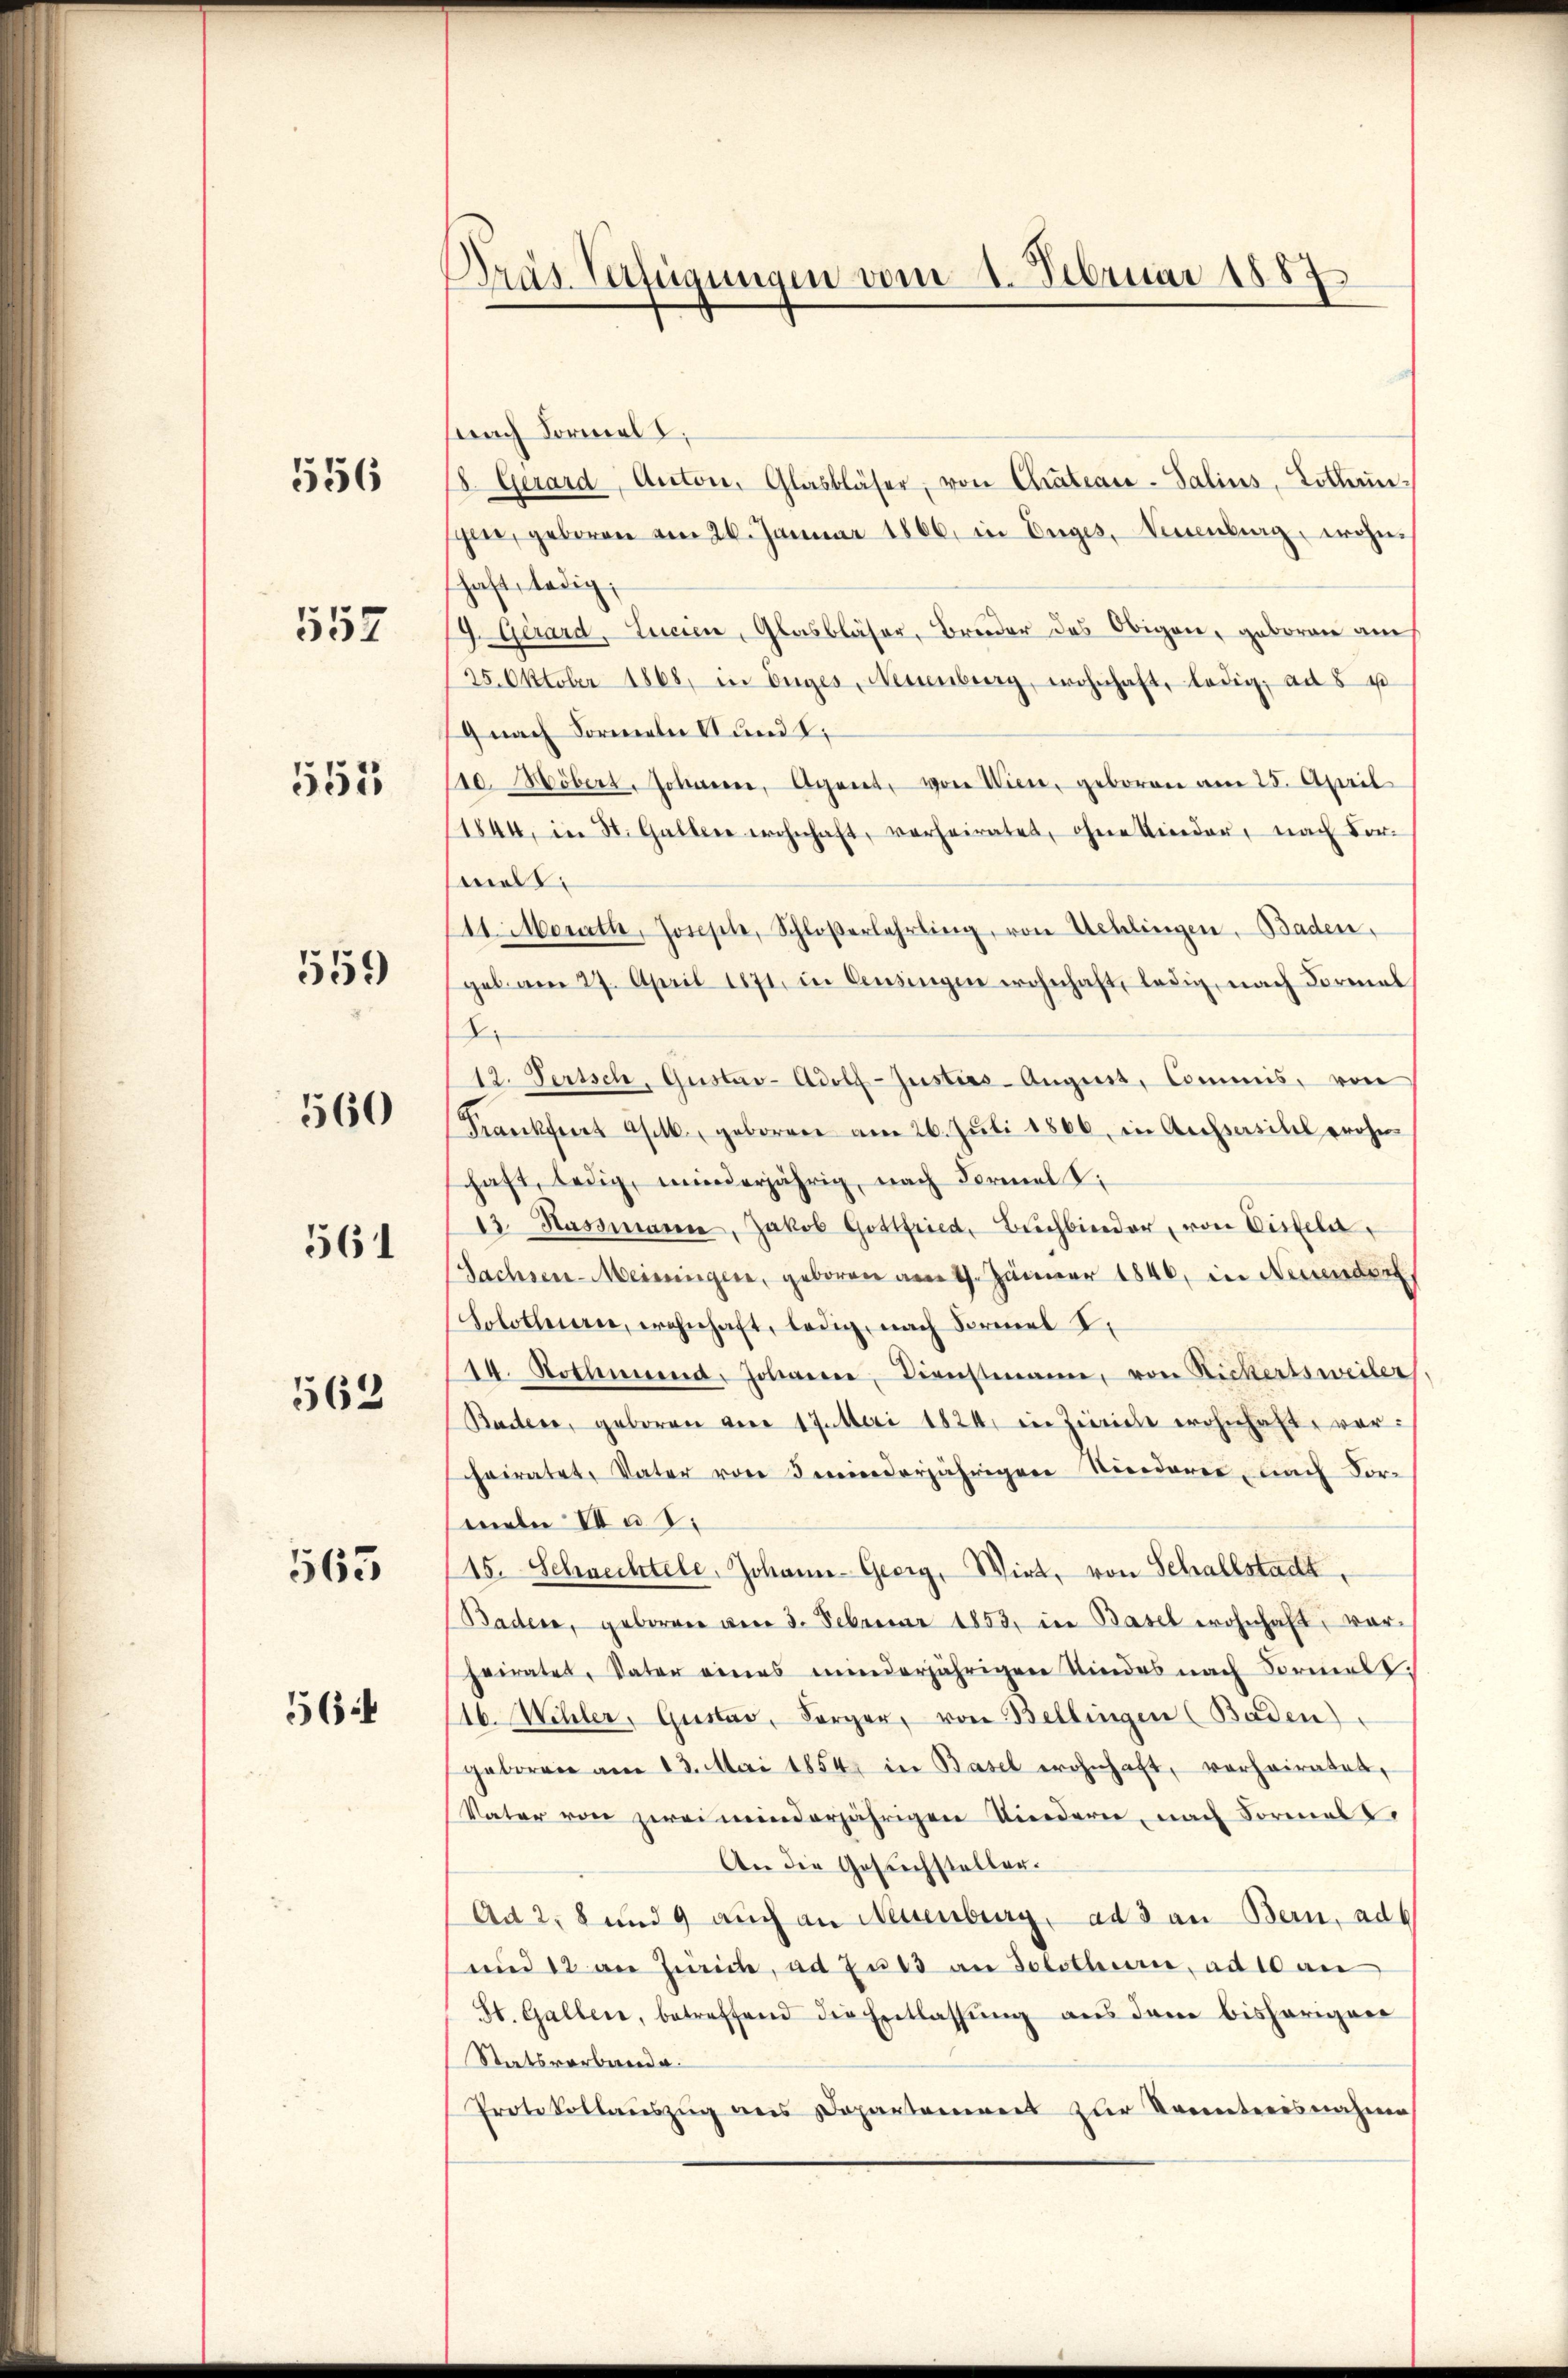
556

557

553

559

560

561

562

563

56:

Bras Verfügungen vom 4. Februar 1887

Frach Formel,
18. Gerard, Antone, Glasbläser, von Chateau-Salins, Lottengen, geboren vom 26. Januar 1866 in Enges, Neuenburg, wohnhaft, ledig;
9. Gerard, Lucien, Glasbläser, Bruder das Obigen, geboren auch
25. Oktober 1868, in Enges, Neuenburg, wohnhaft, ledig, ad 8 u
9 nach Formeln und t
10. Höbert. Johanne, Agent, von Wien, geboren am 25. April
1844, in St. Gallen wohnhaft, verheiratet, ohne Kinder, nach vor-
melt
111. Morath, Joseph, Schloßerlehrling, von Uehlingen. Baden,
geb. am 27. April 1871, in Censingen wohnhaft, ledig, nach Formal
2
12. Serisch, Gustav Adolf-Justies- August, Commis, von
Frankfurt ab. geborene am 26. Jŭli 1866, in Aufsasibel wohn-
haft, ledig, minderjährig, nach Formel S.
13. Hassmann, Jakob Gottfried, Bŭchbinder, von Disseln,
Sachsen-Meisingen, geboren am 17. Jänner 1846, in Neuendorf
Solothurn, wohnhaft, ledig, nach Formel I
14. Nothwend, Johanner, Dienstmann, von Rickertsweiler
Baden, geboren vom 17. Mai 1824, in Züricht wohnhaft, vorheiratet, Vater von Inderjährigen Niederer nach Formeln II a S.
15. Schnechtele, Johann-Georg, Wirt, von Schallstadt,
Baden, geboren am 3. Februar 1853, in Basel wohnhaft, vorheiratet, Vater eines minderjährigen Kindes nach Formes.
16. Wehler, Gustav, Sorger, von Bellingen (Baden)
geboren am 13. Mai 1854 in Basel wohnhaft, vorheiratet,
Vater von zwei minderjährigen Kindern, nach Formel
An die Gesuchstellen.
Ad 2, 8 und 9 auch an Neuenburg. ad 3 an Bern, ad
und 12 an Zürich, ad zu 13 an Solothurn, ad 10 an
St. Gallen, betreffend die Entlassŭng aus dem bisherigen
Statsverbunde.
Protokollaŭszŭg ans Departement zur Kenntnisnahme